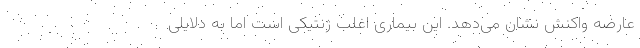
عارضه واکنش نشان می‌دهد. این بیماری اغلب ژنتیکی است اما به دلایلی